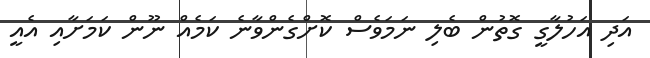
އަދި އަހުލާގީ ގޮތުން ބެލި ނަމަވެސް ކޮށްގެންވާނެ ކަމެއް ނޫން ކަމަށާއި އެއީ